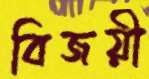
বিজয়ী